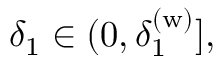
\delta _ { 1 } \in ( 0 , \delta _ { 1 } ^ { ( \mathrm { w } ) } ] ,